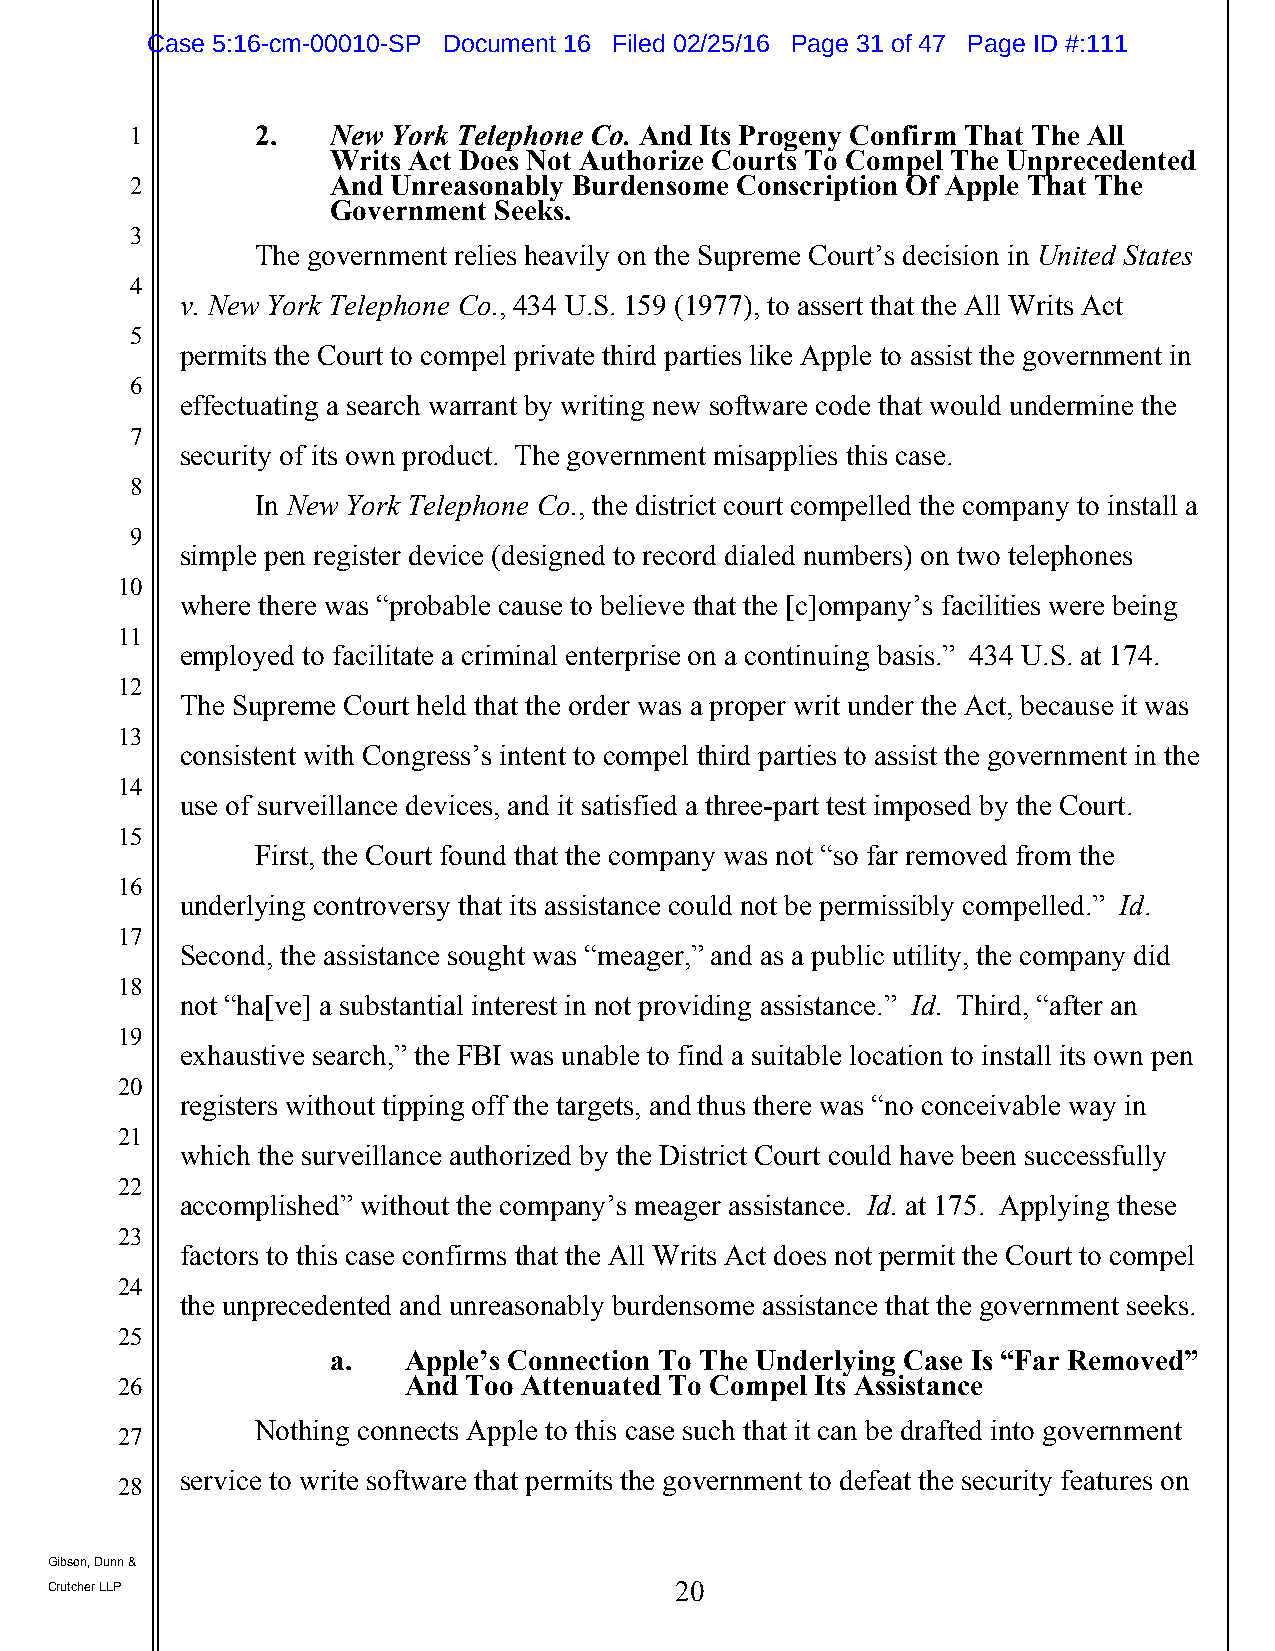
Case 5:16-cm-00010-SP Document 16 Filed 02/25/16 Page 31 of 47 Page ID #:111
 1       2.   New York Telephone Co. And Its Progeny Confirm That The All
 Writs Act Does Not Authorize Courts To Compel The Unprecedented
 2            And Unreasonably Burdensome Conscription Of Apple That The
 Government Seeks.
 3
 The government relies heavily on the Supreme Court’s decision in United States
 4
 v. New York Telephone Co., 434 U.S. 159 (1977), to assert that the All Writs Act
 5
 permits the Court to compel private third parties like Apple to assist the government in
 6
 effectuating a search warrant by writing new software code that would undermine the
 7
 security of its own product. The government misapplies this case.
 8
 In New York Telephone Co., the district court compelled the company to install a
 9
 simple pen register device (designed to record dialed numbers) on two telephones
 10
 where there was “probable cause to believe that the [c]ompany’s facilities were being
 11
 employed to facilitate a criminal enterprise on a continuing basis.” 434 U.S. at 174.
 12
 The Supreme Court held that the order was a proper writ under the Act, because it was
 13
 consistent with Congress’s intent to compel third parties to assist the government in the
 14
 use of surveillance devices, and it satisfied a three-part test imposed by the Court.
 15
 First, the Court found that the company was not “so far removed from the
 16
 underlying controversy that its assistance could not be permissibly compelled.” Id.
 17
 Second, the assistance sought was “meager,” and as a public utility, the company did
 18
 not “ha[ve] a substantial interest in not providing assistance.” Id. Third, “after an
 19
 exhaustive search,” the FBI was unable to find a suitable location to install its own pen
 20
 registers without tipping off the targets, and thus there was “no conceivable way in
 21
 which the surveillance authorized by the District Court could have been successfully
 22
 accomplished” without the company’s meager assistance. Id. at 175. Applying these
 23
 factors to this case confirms that the All Writs Act does not permit the Court to compel
 24
 the unprecedented and unreasonably burdensome assistance that the government seeks.
 25
 a.   Apple’s Connection To The Underlying Case Is “Far Removed”
 26                 And Too Attenuated To Compel Its Assistance
 Nothing connects Apple to this case such that it can be drafted into government
 27
 service to write software that permits the government to defeat the security features on
 28
 Gibson, Dunn &
 Crutcher LLP                              20